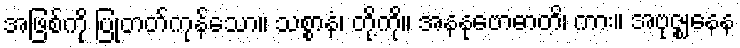
အဖြစ်ကို ပြုတတ်ကုန်သော။ သစ္စာနံ၊ တို့ကို။ အနနုဗောဓာတိ၊ ကား။ အဗုဇ္ဈနေန